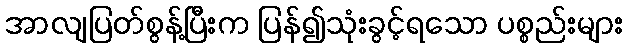
အာလျပြတ်စွန့်ပြီးက ပြန်၍သုံးခွင့်ရသော ပစ္စည်းများ